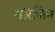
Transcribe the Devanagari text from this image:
मॉरफिन